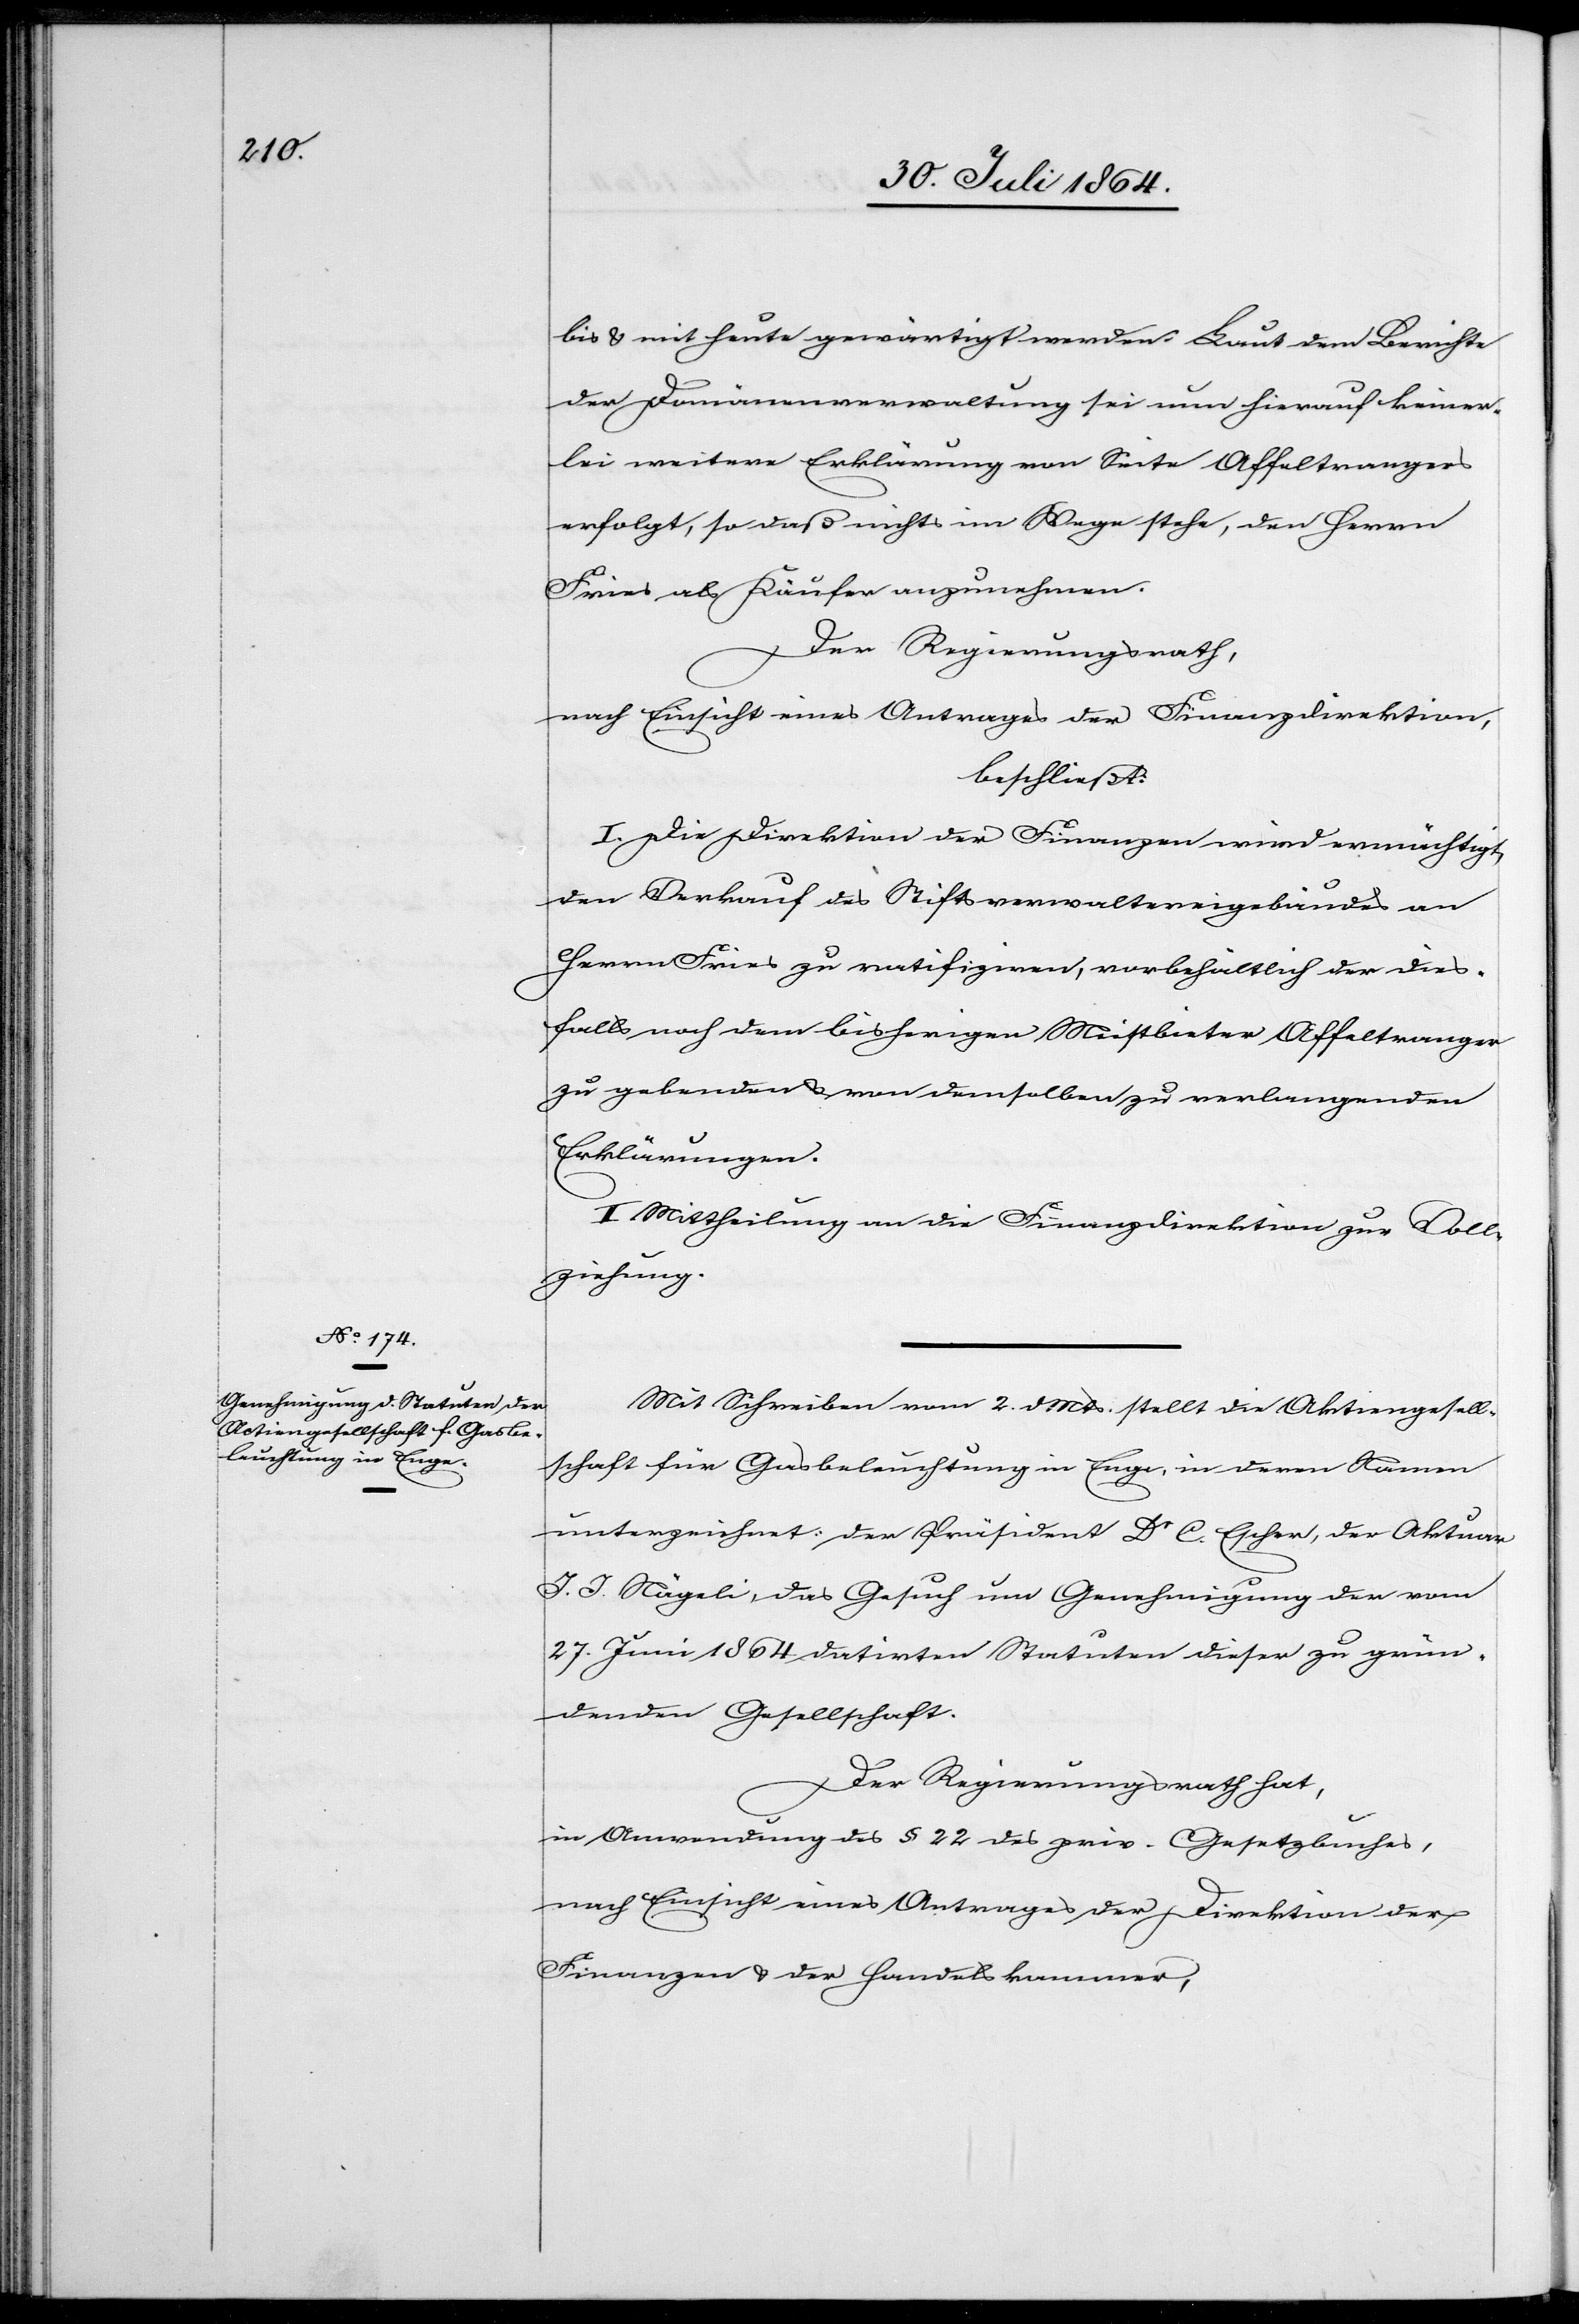
bis & mit heute gewärtigt werden. Laut dem Berichte
der Domänenverwaltung sei nun hierauf keiner¬
lei weitere Erklärung von Seite Affeltrangers
erfolgt, so daß nichts im Wege stehe, den Herrn
Fries als Käufer anzunehmen.
Der Regierungsrath,
nach Einsicht eines Antrages der Finanzdirektion
beschließt:
I. Die Direktion der Finanzen wird ermächtigt,
den Verkauf des Stiftsverwaltereigebäudes an
Herrn Fries zu ratifiziren, vorbehältlich der dies¬
falls nach dem bisherigen Meistbieter Affeltranger
zu gebenden & von demselben zu verlangenden
Erklärungen.
II. Mittheilung an die Finanzdirektion zur Voll¬
ziehung.
Mit Schreiben vom 2. d. Mts. stellt die Aktiengesell¬
schaft für Gasbeleuchtung in Enge, in deren Namen
unterzeichnet: der Präsident Dr C. Escher, der Aktuar
J. J. Nägeli, das Gesuch um Genehmigung der vom
27. Juni 1864 datirten Statuten dieser zu grün¬
denden Gesellschaft.
Der Regierungsrath hat,
in Anerkennung des § 22 des priv. Gesetzbuches,
nach Einsicht eines Antrages der Direktion der
Finanzen & der Handelskammer